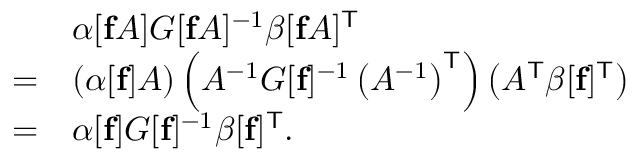
{ \begin{array} { r l } & { \alpha [ \mathbf { f } A ] G [ \mathbf { f } A ] ^ { - 1 } \beta [ \mathbf { f } A ] ^ { \mathsf { T } } } \\ { = } & { \left( \alpha [ \mathbf { f } ] A \right) \left( A ^ { - 1 } G [ \mathbf { f } ] ^ { - 1 } \left( A ^ { - 1 } \right) ^ { \mathsf { T } } \right) \left( A ^ { \mathsf { T } } \beta [ \mathbf { f } ] ^ { \mathsf { T } } \right) } \\ { = } & { \alpha [ \mathbf { f } ] G [ \mathbf { f } ] ^ { - 1 } \beta [ \mathbf { f } ] ^ { \mathsf { T } } . } \end{array} }